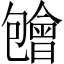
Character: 𱑃